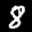
Label: 8